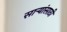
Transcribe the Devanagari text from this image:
सार्‍यांसाठी